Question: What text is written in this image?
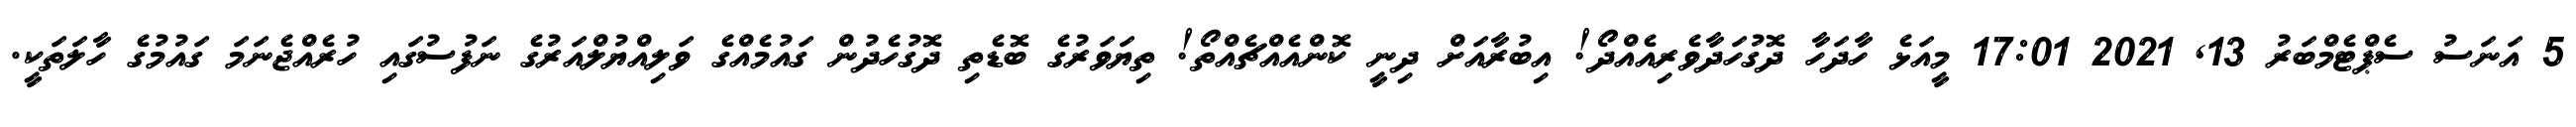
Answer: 5 އަނަސު ސެޕްޓެމްބަރު 13, 2021 17:01 މީއަޅެ ހާދަހާ ދޮގުހަދާވެރިއެއްދޯ! އިބުރާއަށް ދިނީ ކޮންއެއްޗެއްތޯ! ތިޔަވަރުގެ ބޮޑެތި ދޮގުހެދުން ގައުމެއްގެ ވަލިއްޔުލްއަރުގެ ނަފުސުގައި ހުރެއްޖެނަމަ ގައުމުގެ ހާލަތަކީ.